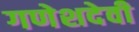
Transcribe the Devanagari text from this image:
गणेशदेवी